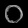
Digit: ၀